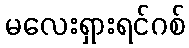
မလေးရှားရင်ဂစ်